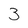
Character: 3